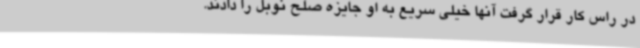
در راس کار قرار گرفت آنها خیلی سریع به او جایزه صلح نوبل را دادند.